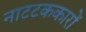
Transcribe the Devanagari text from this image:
नाटटककारों